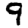
Digit: 9